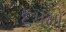
૬૫મો